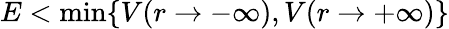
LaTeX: E<\min\{ V(r\to-\infty),V(r\to+\infty)\}